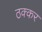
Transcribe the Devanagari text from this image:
ठक्‍कर